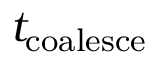
t _ { \mathrm { c o a l e s c e } }